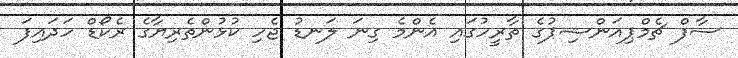
ސާފް ޗެމްޕިއަންޝިޕުގެ ތާރީހުގައި އެންމެ ގިނަ ލަނޑު ޖެހި ކުޅުންތެރިޔާގެ ރެކޯޑް ހަދައިފަ